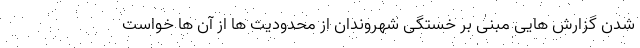
شدن گزارش هایی مبنی بر خستگی شهروندان از محدودیت ها از آن ها خواست